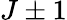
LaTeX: J\pm 1